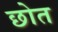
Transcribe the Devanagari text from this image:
छोत